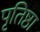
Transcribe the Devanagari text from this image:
पृतिष्ठा